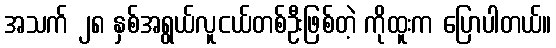
အသက် ၂၈ နှစ်အရွယ်လူငယ်တစ်ဦးဖြစ်တဲ့ ကိုထူးက ပြောပါတယ်။